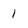
Character: 1